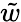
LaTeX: \tilde{w}